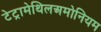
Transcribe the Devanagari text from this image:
टेट्रामेथिलअमोनियम